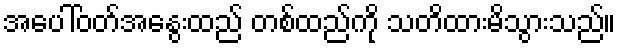
အပေါ်ဝတ်အနွေးထည် တစ်ထည်ကို သတိထားမိသွားသည်။